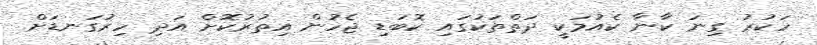
ހަކުރު ގިނަ ކާނާ ކެއުމަކީ ދަތްތަކުގައި ކޮބަޑި ޖެހުން އިތުރުކޮށް އަދި ހިރުގަނޑަށް